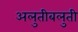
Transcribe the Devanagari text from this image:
अलुतीबलुती